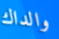
والداك